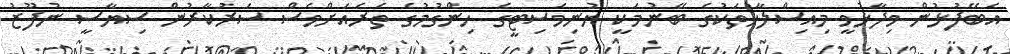
އެބޭފުޅުން ވިދާޅުވީ މިއިސްލާހުތަކުގެ ބޭނުމަކީ ޔުނިވަސިޓީގެ ހިންގުމުގެ ތެރެއަށްވެސް ސަރުކާރުން ސިޔާސީ ނުފޫޒު